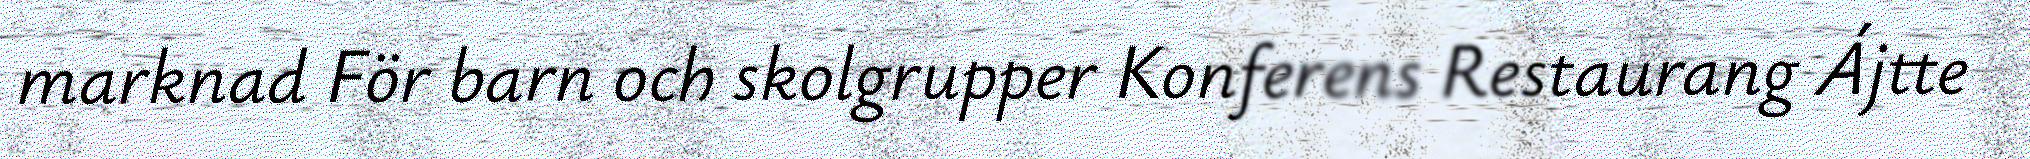
marknad För barn och skolgrupper Konferens Restaurang Ájtte